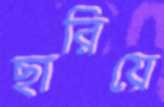
ছারিয়ে